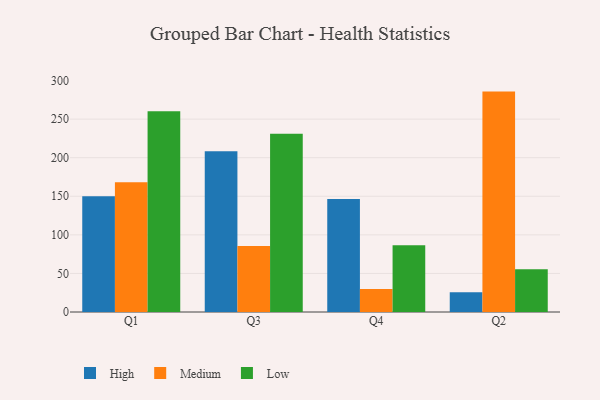
{"axis": {"x": "Quarter", "y": "Tickets Resolved"}, "legend": ["High", "Low", "Medium"], "data": [{"x": "Q1", "y": 149.9, "type": "High"}, {"x": "Q1", "y": 168.2, "type": "Medium"}, {"x": "Q1", "y": 260.2, "type": "Low"}, {"x": "Q3", "y": 208.4, "type": "High"}, {"x": "Q3", "y": 85.5, "type": "Medium"}, {"x": "Q3", "y": 230.9, "type": "Low"}, {"x": "Q4", "y": 146.4, "type": "High"}, {"x": "Q4", "y": 29.7, "type": "Medium"}, {"x": "Q4", "y": 86.6, "type": "Low"}, {"x": "Q2", "y": 25.7, "type": "High"}, {"x": "Q2", "y": 285.7, "type": "Medium"}, {"x": "Q2", "y": 55.3, "type": "Low"}]}